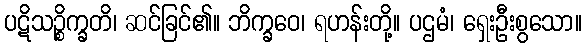
ပဋိသဉ္စိက္ခတိ၊ ဆင်ခြင်၏။ ဘိက္ခဝေ၊ ရဟန်းတို့။ ပဌမံ၊ ရှေးဦးစွသော။